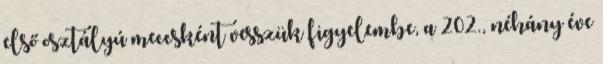
első osztályú meccsként vesszük figyelembe, a 202., néhány éve